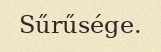
Sűrűsége.